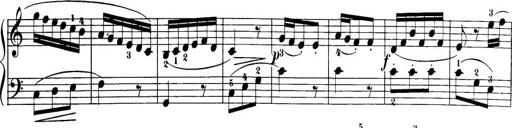
Title: 32 Sonatinas and Rondos for the Piano
Composer: Richard Kleinmichel